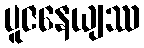
ပူဇနေယျဿ